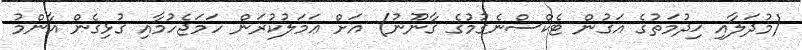
(މުދަލާއި ޚިދުމަތުގެ އަގުން ޓެކްސްނެގުމުގެ ޤާނޫނު) އަށް ޢަމަލުކުރަން ހަމަޖެހުމާއި ގުޅިގެން އާންމު